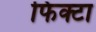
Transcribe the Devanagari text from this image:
फिक्टा